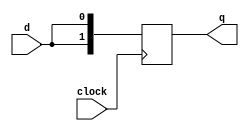
module shiftA(
    output [1:0] q,
    input clock,
    input d
    );
    reg [1:0] q;
    always @(posedge clock)
    begin
        q[0]=d;
        q[1]=q[0];
    end
endmodule